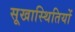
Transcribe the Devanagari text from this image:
सूखास्थितियों